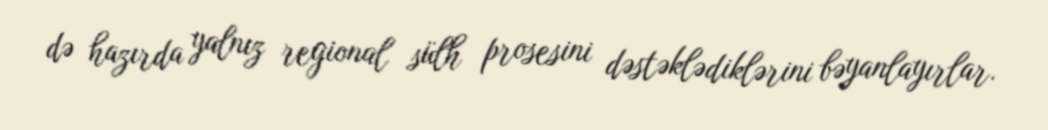
də hazırda yalnız regional sülh prosesini dəstəklədiklərini bəyanlayırlar.